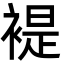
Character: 褆